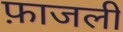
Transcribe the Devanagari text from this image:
फ़ाजली